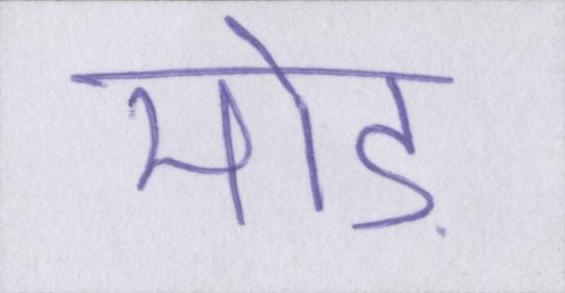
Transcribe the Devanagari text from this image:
मोड़